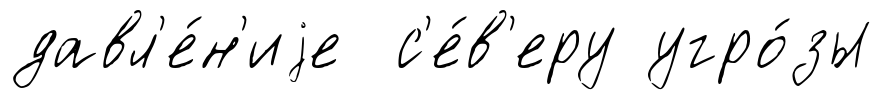
давл'е́н'иjе с'е́в'еру угро́зы